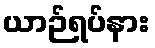
ယာဉ်ရပ်နား